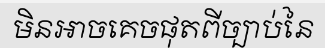
មិនអាចគេចផុតពីច្បាប់នៃ